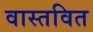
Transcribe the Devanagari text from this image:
वास्तवित